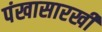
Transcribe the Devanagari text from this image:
पंखासारखी